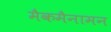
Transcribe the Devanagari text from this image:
मैकमैनामन